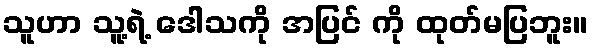
သူဟာ သူ့ရဲ့ ဒေါသကို အပြင် ကို ထုတ်မပြဘူး။